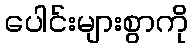
ပေါင်းများစွာကို